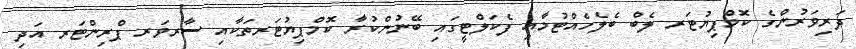
ދަރިވަރުންގެ ކޮމްޕިޔުޓަރ ލެބް ބެލެހެއްޓުމާއި ފެކަލްޓީގައި ބޭނުންކުރާ ކޮމްޕިޔުޓަރތަކާއި ސާރވަރ ޕްރިންޓަރ އަދި